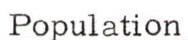
Population